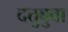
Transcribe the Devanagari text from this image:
दत्तुबुवा